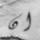
ان